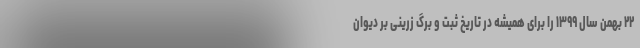
۲۲ بهمن سال ۱۳۹۹ را برای همیشه در تاریخ ثبت و برگ زرینی بر دیوان